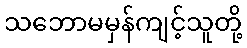
သဘောမမှန်ကျင့်သူတို့